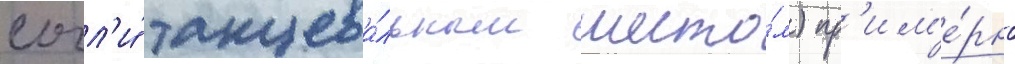
сочл'и́ танцева́льным шесто́м) пр'им'е́рно